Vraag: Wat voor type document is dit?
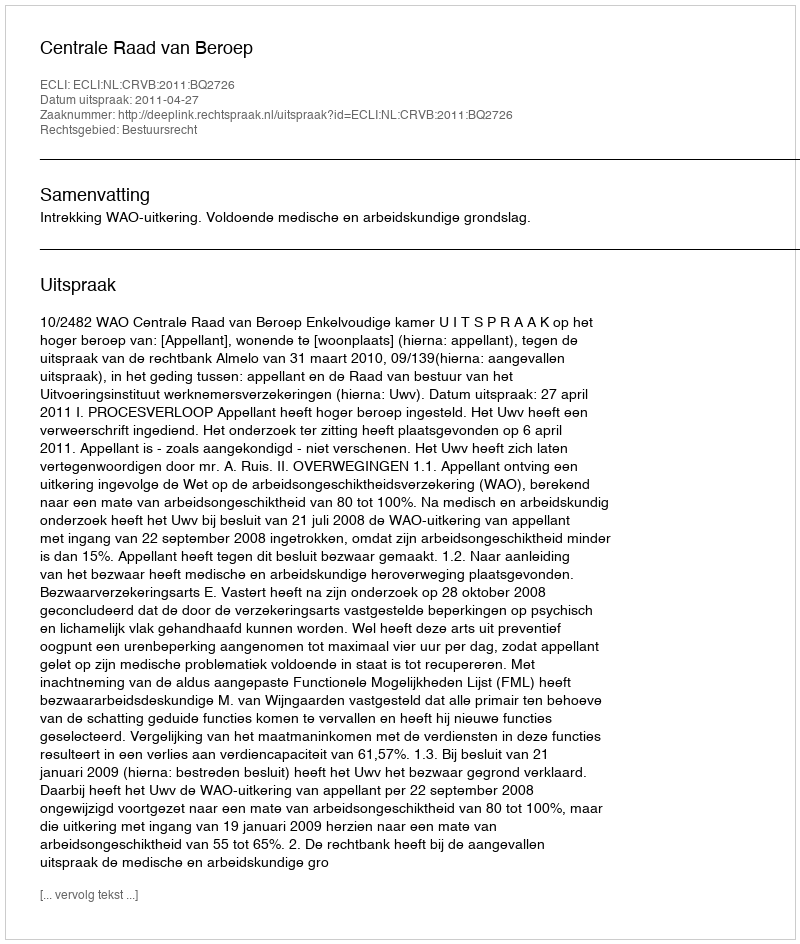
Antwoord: Uitspraak